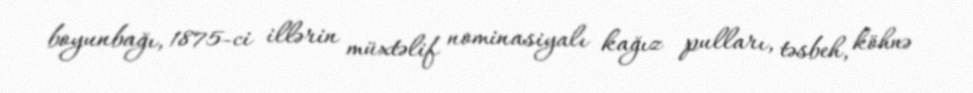
boyunbağı, 1875-ci illərin müxtəlif nominasiyalı kağız pulları, təsbeh, köhnə